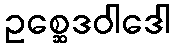
ဥစ္ဆေဒဝါဒေါ